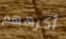
أكرههم